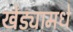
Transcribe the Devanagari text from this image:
खेड्यामधे